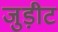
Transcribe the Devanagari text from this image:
जुड़ीट